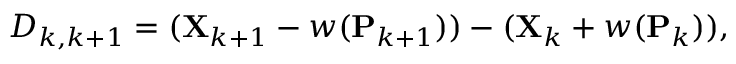
D _ { k , k + 1 } = ( \mathbf { X } _ { k + 1 } - w ( \mathbf { P } _ { k + 1 } ) ) - ( \mathbf { X } _ { k } + w ( \mathbf { P } _ { k } ) ) ,